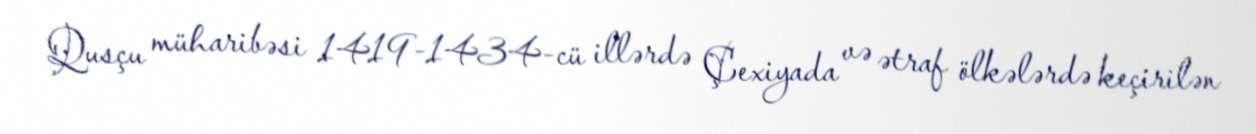
Qusçu müharibəsi 1419-1434-cü illərdə Çexiyada və ətraf ölkələrdə keçirilən